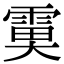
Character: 𩃙